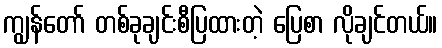
ကျွန်တော် တစ်ခုချင်းစီပြထားတဲ့ ပြေစာ လိုချင်တယ်။